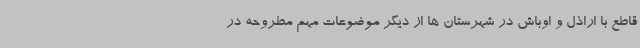
قاطع با اراذل و اوباش در شهرستان ها از دیگر موضوعات مهم مطروحه در